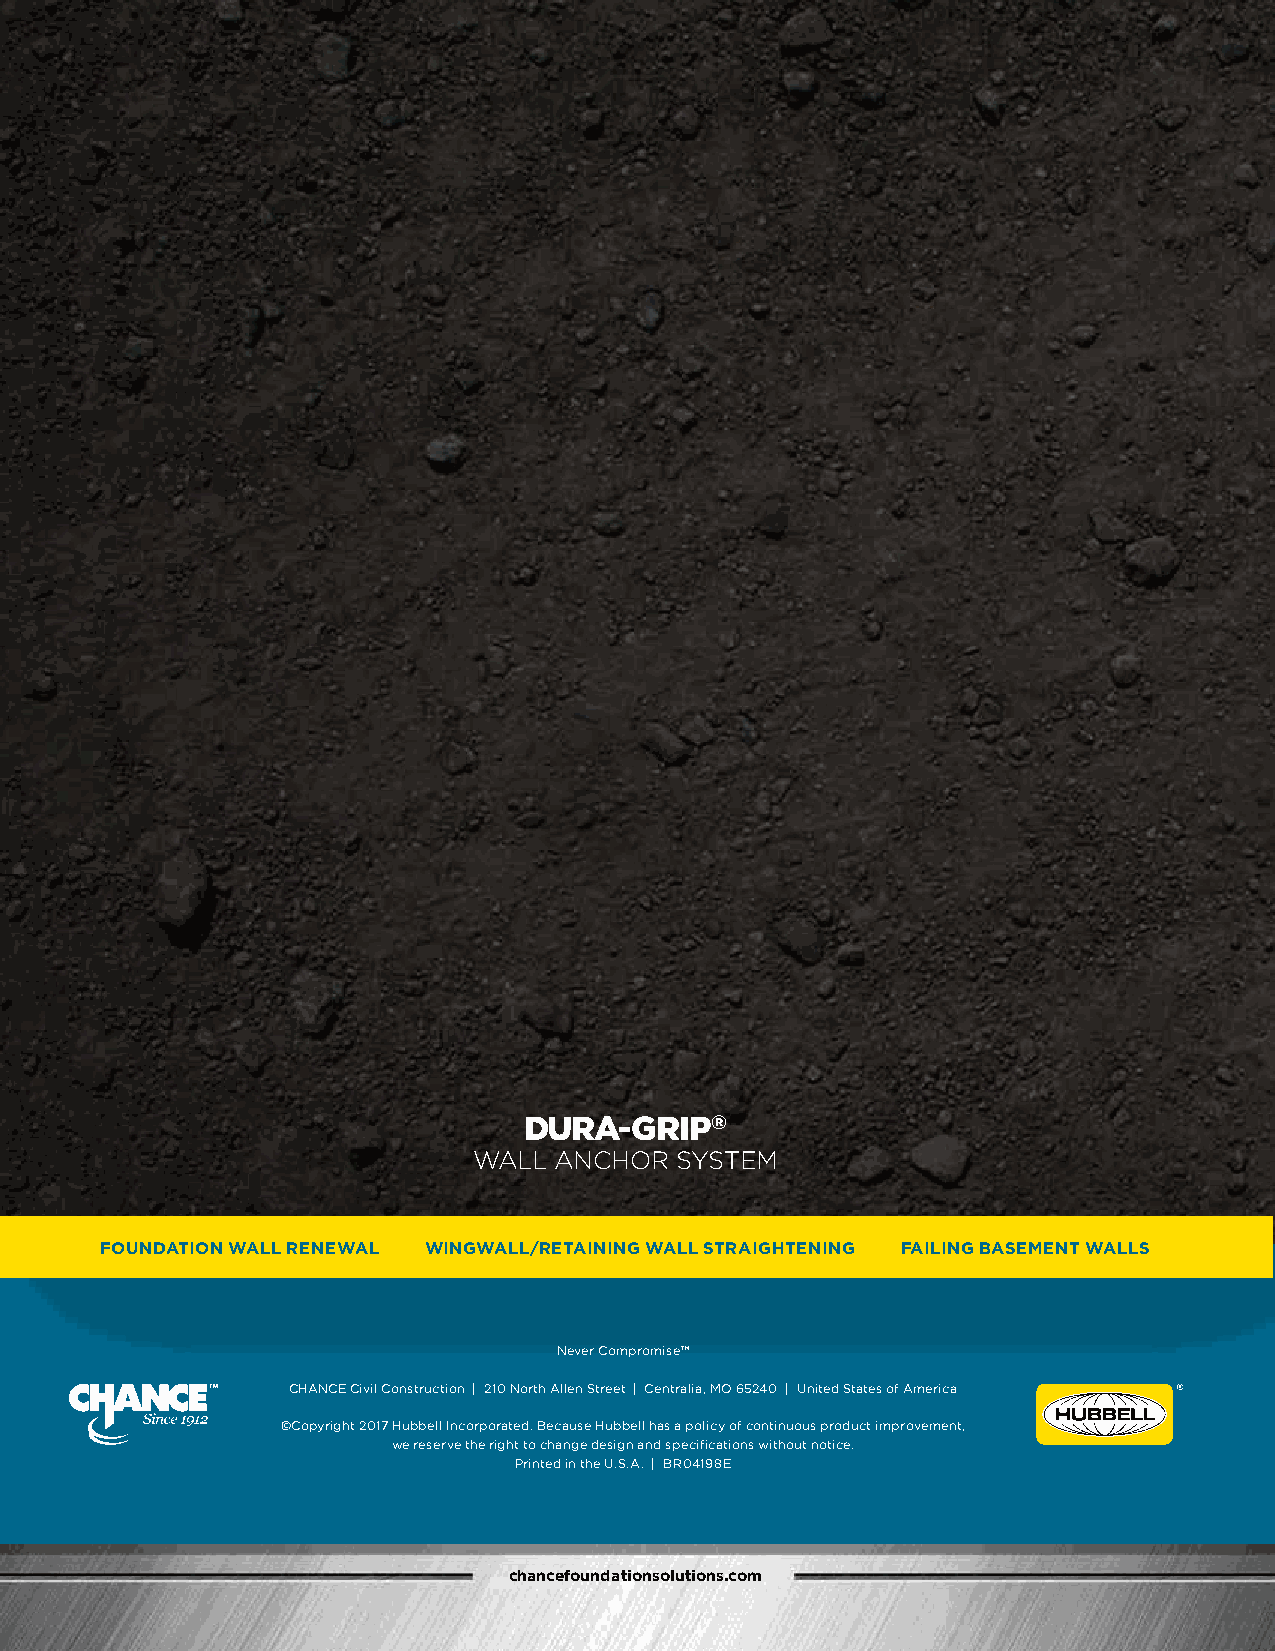
DURA-GRIP®
 WALL  ANCHOR  SYSTEM
 FOUNDATION WALL RENEWAL WINGWALL/RETAINING WALL STRAIGHTENING FAILING BASEMENT WALLS
 Never Compromise™
 CHANCE Civil Construction | 210 North Allen Street | Centralia, MO 65240 | United States of America
 ©Copyright 2017 Hubbell Incorporated. Because Hubbell has a policy of continuous product improvement,
 we reserve the right to change design and specifications without notice.
 Printed in the U.S.A. | BR04198E
 chancefoundationsolutions.com